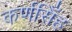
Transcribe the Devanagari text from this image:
कर्णसिँह